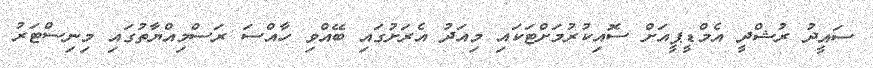
ސައީދު ރުޝްދީ އެމްޑީޕީއަށް ސޮއިކުރުމަށްޓަކައި މިއަދު އެރަށުގައި ބޭއްވި ހާއްސަ ރަސްމިއްޔާތުގައި މިނިސްޓަރު